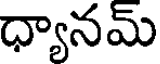
ధ్యానమ్